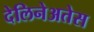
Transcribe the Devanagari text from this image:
देलिनेअतेस